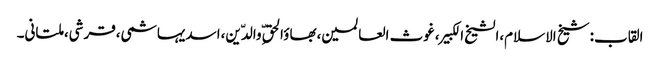
القاب:شیخ الاسلام،الشیخ الکبیر،غوث العالمین،بھاؤالحق ِّوالدّین،اسدیہاشمی،قرشی،ملتانی۔